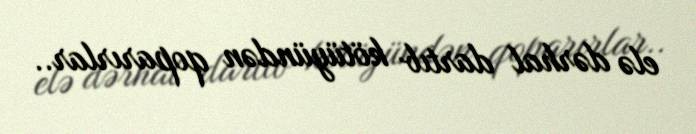
elə dərhal dartıb kötüyündən qoparırlar..